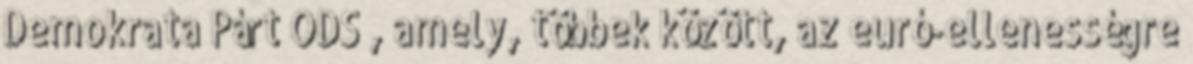
Demokrata Párt ODS , amely, többek között, az euró-ellenességre